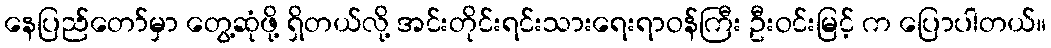
နေပြည်တော်မှာ တွေ့ဆုံဖို့ ရှိတယ်လို့ အင်းတိုင်းရင်းသားရေးရာဝန်ကြီး ဦးဝင်းမြင့် က ပြောပါတယ်။